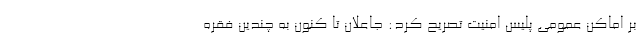
بر اماکن عمومی پلیس امنیت تصریح کرد: جاعلان تا کنون به چندین فقره